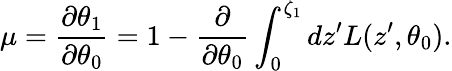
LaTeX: \mu=\frac{\partial\theta_{1}}{\partial\theta_{0}}=1-\frac{\partial}{\partial\theta_{0}}\int_{0}^{\zeta_{1}}dz^{\prime}L(z^{\prime},\theta_{0}).